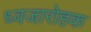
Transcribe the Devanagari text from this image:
ध्वजारोहक